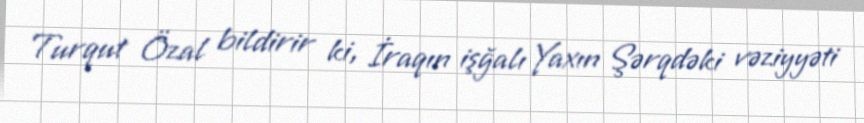
Turqut Özal bildirir ki, İraqın işğalı Yaxın Şərqdəki vəziyyəti